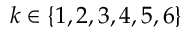
k \in \{ 1 , 2 , 3 , 4 , 5 , 6 \}